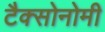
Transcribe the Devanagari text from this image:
टैक्सोनोमी